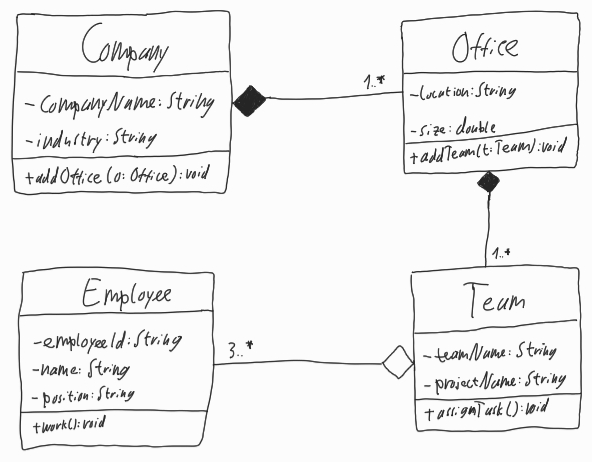
Diagram type: class_diagram
```plantuml
@startuml

class Company {
  - companyName: String
  - industry: String
  + addOffice(o: Office): void
}

class Office {
  - location: String
  - size: double
  + addTeam(t: Team): void
}

class Team {
  - teamName: String
  - projectName: String
  + assignTask(): void
}

class Employee {
  - employeeId: String
  - name: String
  - position: String
  + work(): void
}

Company *-- "1..*" Office

Office *-- "1..*" Team

Team o-- "3..*" Employee

@enduml
```